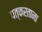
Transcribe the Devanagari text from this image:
पत्करताना